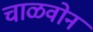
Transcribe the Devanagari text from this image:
चाळवोन